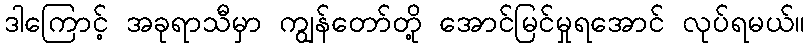
ဒါကြောင့် အခုရာသီမှာ ကျွန်တော်တို့ အောင်မြင်မှုရအောင် လုပ်ရမယ်။